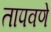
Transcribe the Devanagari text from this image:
तापवणे